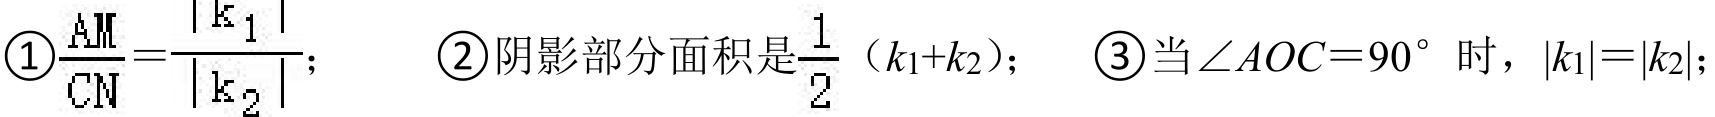
\textcircled{1}\(\frac{AM}{CN}=\frac{|k_{1}|}{|k_{2}|}\)； \textcircled{2}阴影部分面积是\(\frac{1}{2}(k_{1} + k_{2})\)； \textcircled{3}当\(\angle AOC = 90^{\circ}\)时，\(|k_{1}|=|k_{2}|\)；